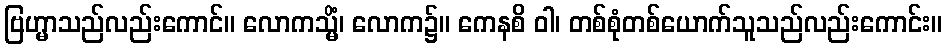
ဗြဟ္မာသည်လည်းကောင်။ လောကသ္မိံ၊ လောက၌။ ကေနစိ ဝါ၊ တစ်စုံတစ်ယောက်သူသည်လည်းကောင်း။